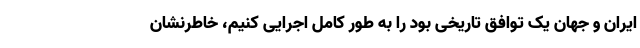
ایران و جهان یک توافق تاریخی بود را به طور کامل اجرایی کنیم، خاطرنشان